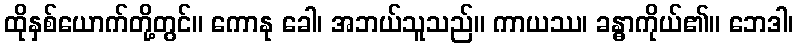
ထိုနှစ်ယောက်တို့တွင်။ ကောနု ခေါ၊ အဘယ်သူသည်။ ကာယဿ၊ ခန္ဓာကိုယ်၏။ ဘေဒါ၊